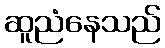
ဆူညံနေသည်